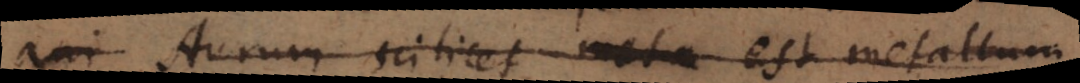
ani Aurum scilicet est metallum,